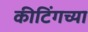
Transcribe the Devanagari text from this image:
कीटिंगच्या